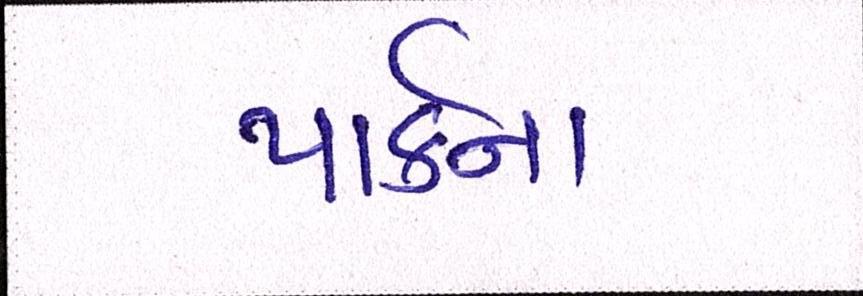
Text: પાર્કના